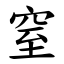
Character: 窒